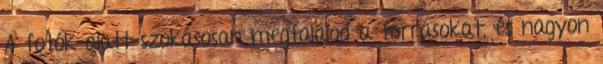
A fotók alatt szokásosan megtalálod a forrásokat, és nagyon